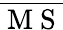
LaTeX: \overline{{\mathrm{~M~S~}}}